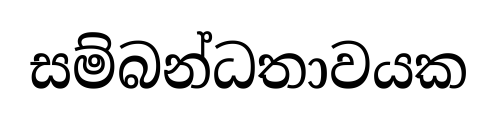
සම්බන්ධතාවයක